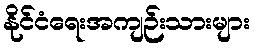
နိုင်ငံရေးအကျဉ်းသားများ